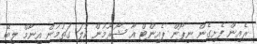
ރެއިން ފެށިގެން ނިޕޯން ޕެއިންޓް އާ ޝޯރޫމުން ކުލަ ގަތުމުން އިނާމް ލިބޭ